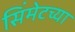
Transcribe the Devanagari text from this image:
सिंमेटच्या